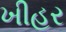
ખીહર